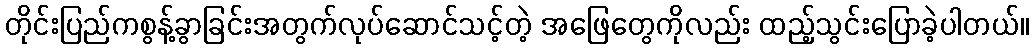
တိုင်းပြည်ကစွန့်ခွာခြင်းအတွက်လုပ်ဆောင်သင့်တဲ့ အဖြေတွေကိုလည်း ထည့်သွင်းပြောခဲ့ပါတယ်။